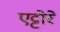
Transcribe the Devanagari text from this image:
एट्टोरे